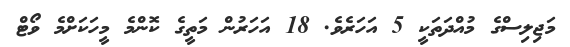
މަޖިލިސްގެ މުއްދަތަކީ 5 އަހަރެވެ. 18 އަހަރުން މަތީގެ ކޮންމެ މީހަކަށްމެ ވޯޓް